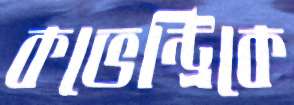
কভেন্ট্রিকে